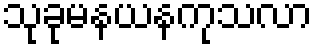
သုခုမနယနကုသလာ